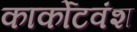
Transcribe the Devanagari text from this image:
कार्कोटवंश